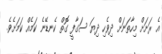
އެ ރަށަށް މިހާތަނަށް ދިވެހި ދިޔަ ސަގާފީ ގޮތް ކެނޑޭނެ ކަމެއް ކަމަށެވެ.